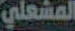
المشعلي